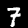
Digit: 7